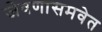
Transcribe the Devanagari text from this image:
जेवणासमवेत